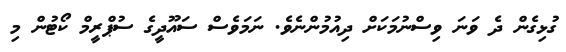
ގުޅިގެން ދެ ވަނަ ވިސްނުމަކަށް ދިއުމުންނެވެ. ނަމަވެސް ސައޫދީގެ ސުޕްރީމް ކޯޓުން މި